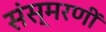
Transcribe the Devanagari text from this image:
संस्मरणीं